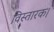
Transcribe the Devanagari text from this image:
विस्तारक।